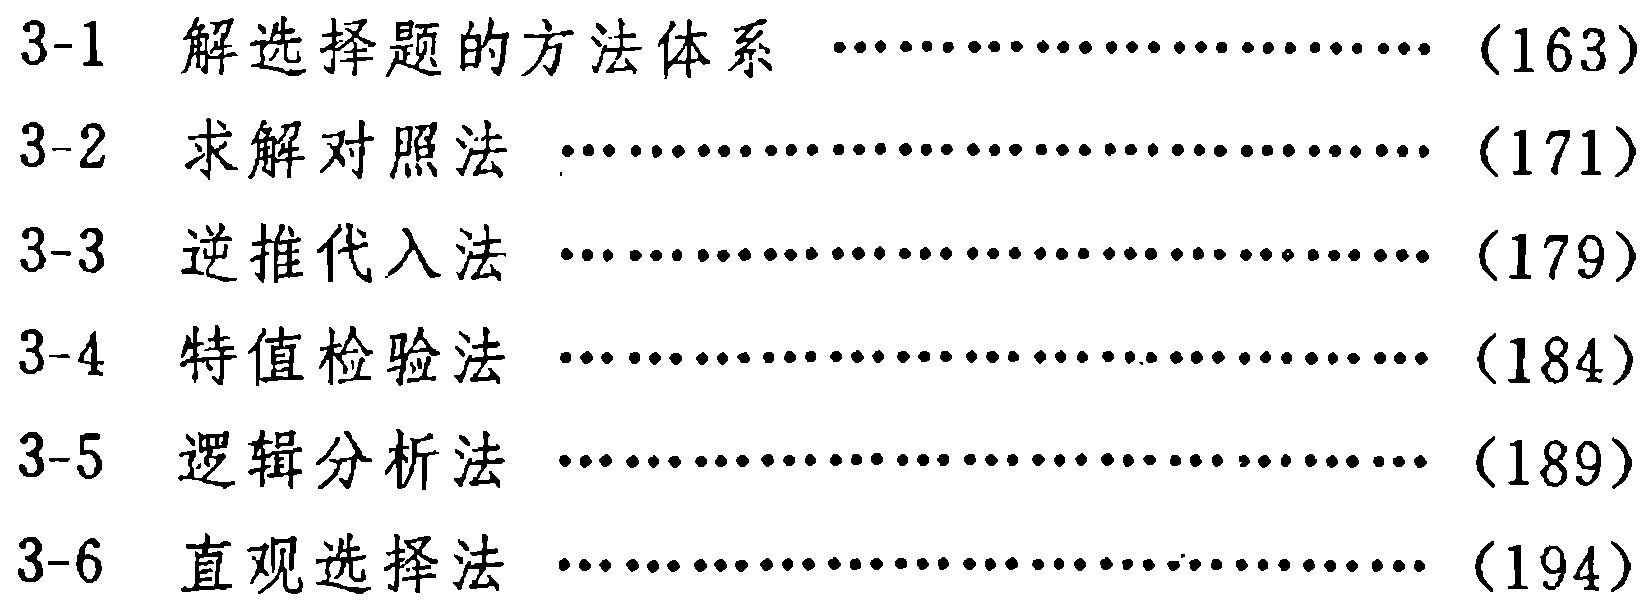
3-1 解选择题的方法体系 \dotfill (163)\\
3-2 求解对照法 \dotfill (171)\\
3-3 逆推代入法 \dotfill (179)\\
3-4 特值检验法 \dotfill (184)\\
3-5 逻辑分析法 \dotfill (189)\\
3-6 直观选择法 \dotfill (194)